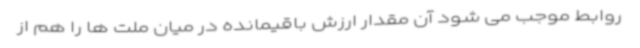
روابط موجب می شود آن مقدار ارزش باقیمانده در میان ملت ها را هم از